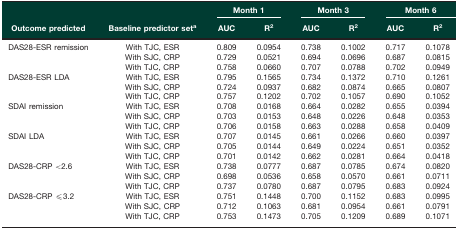
<table><thead><tr><td rowspan="2"><b>Outcome predicted</b></td><td rowspan="2"><b>Baseline predictor set<sup>a</sup></b></td><td colspan="2"><b>Month 1</b></td><td colspan="2"><b>Month 3</b></td><td colspan="2"><b>Month 6</b></td></tr><tr><td><b>AUC</b></td><td><b>R<sup>2</sup></b></td><td><b>AUC</b></td><td><b>R<sup>2</sup></b></td><td><b>AUC</b></td><td><b>R<sup>2</sup></b></td></tr></thead><tbody><tr><td rowspan="3">DAS28-ESR remission</td><td>With TJC, ESR</td><td>0.809</td><td>0.0954</td><td>0.738</td><td>0.1002</td><td>0.717</td><td>0.1078</td></tr><tr><td>With SJC, CRP</td><td>0.729</td><td>0.0521</td><td>0.694</td><td>0.0696</td><td>0.687</td><td>0.0815</td></tr><tr><td>With TJC, CRP</td><td>0.758</td><td>0.0660</td><td>0.707</td><td>0.0788</td><td>0.702</td><td>0.0949</td></tr><tr><td rowspan="3">DAS28-ESR LDA</td><td>With TJC, ESR</td><td>0.795</td><td>0.1565</td><td>0.734</td><td>0.1372</td><td>0.710</td><td>0.1261</td></tr><tr><td>With SJC, CRP</td><td>0.724</td><td>0.0937</td><td>0.682</td><td>0.0874</td><td>0.665</td><td>0.0807</td></tr><tr><td>With TJC, CRP</td><td>0.757</td><td>0.1202</td><td>0.702</td><td>0.1057</td><td>0.690</td><td>0.1052</td></tr><tr><td rowspan="3">SDAI remission</td><td>With TJC, ESR</td><td>0.708</td><td>0.0168</td><td>0.664</td><td>0.0282</td><td>0.655</td><td>0.0394</td></tr><tr><td>With SJC, CRP</td><td>0.703</td><td>0.0153</td><td>0.648</td><td>0.0226</td><td>0.648</td><td>0.0353</td></tr><tr><td>With TJC, CRP</td><td>0.706</td><td>0.0158</td><td>0.663</td><td>0.0288</td><td>0.658</td><td>0.0409</td></tr><tr><td rowspan="3">SDAI LDA</td><td>With TJC, ESR</td><td>0.707</td><td>0.0145</td><td>0.661</td><td>0.0266</td><td>0.660</td><td>0.0397</td></tr><tr><td>With SJC, CRP</td><td>0.705</td><td>0.0144</td><td>0.649</td><td>0.0224</td><td>0.651</td><td>0.0352</td></tr><tr><td>With TJC, CRP</td><td>0.701</td><td>0.0142</td><td>0.662</td><td>0.0281</td><td>0.664</td><td>0.0418</td></tr><tr><td rowspan="3">DAS28-CRP &lt;2.6</td><td>With TJC, ESR</td><td>0.738</td><td>0.0777</td><td>0.687</td><td>0.0785</td><td>0.674</td><td>0.0820</td></tr><tr><td>With SJC, CRP</td><td>0.698</td><td>0.0536</td><td>0.658</td><td>0.0570</td><td>0.661</td><td>0.0711</td></tr><tr><td>With TJC, CRP</td><td>0.737</td><td>0.0780</td><td>0.687</td><td>0.0795</td><td>0.683</td><td>0.0924</td></tr><tr><td rowspan="3">DAS28-CRP ≤3.2</td><td>With TJC, ESR</td><td>0.751</td><td>0.1448</td><td>0.700</td><td>0.1152</td><td>0.683</td><td>0.0995</td></tr><tr><td>With SJC, CRP</td><td>0.712</td><td>0.1063</td><td>0.681</td><td>0.0954</td><td>0.661</td><td>0.0791</td></tr><tr><td>With TJC, CRP</td><td>0.753</td><td>0.1473</td><td>0.705</td><td>0.1209</td><td>0.689</td><td>0.1071</td></tr></tbody></table>